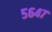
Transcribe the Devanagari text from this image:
५६४७